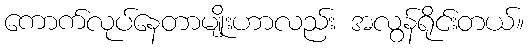
ကောက်လုပ်နေတာမျိုးဟာလည်း အလွန်ရိုင်းတယ်။